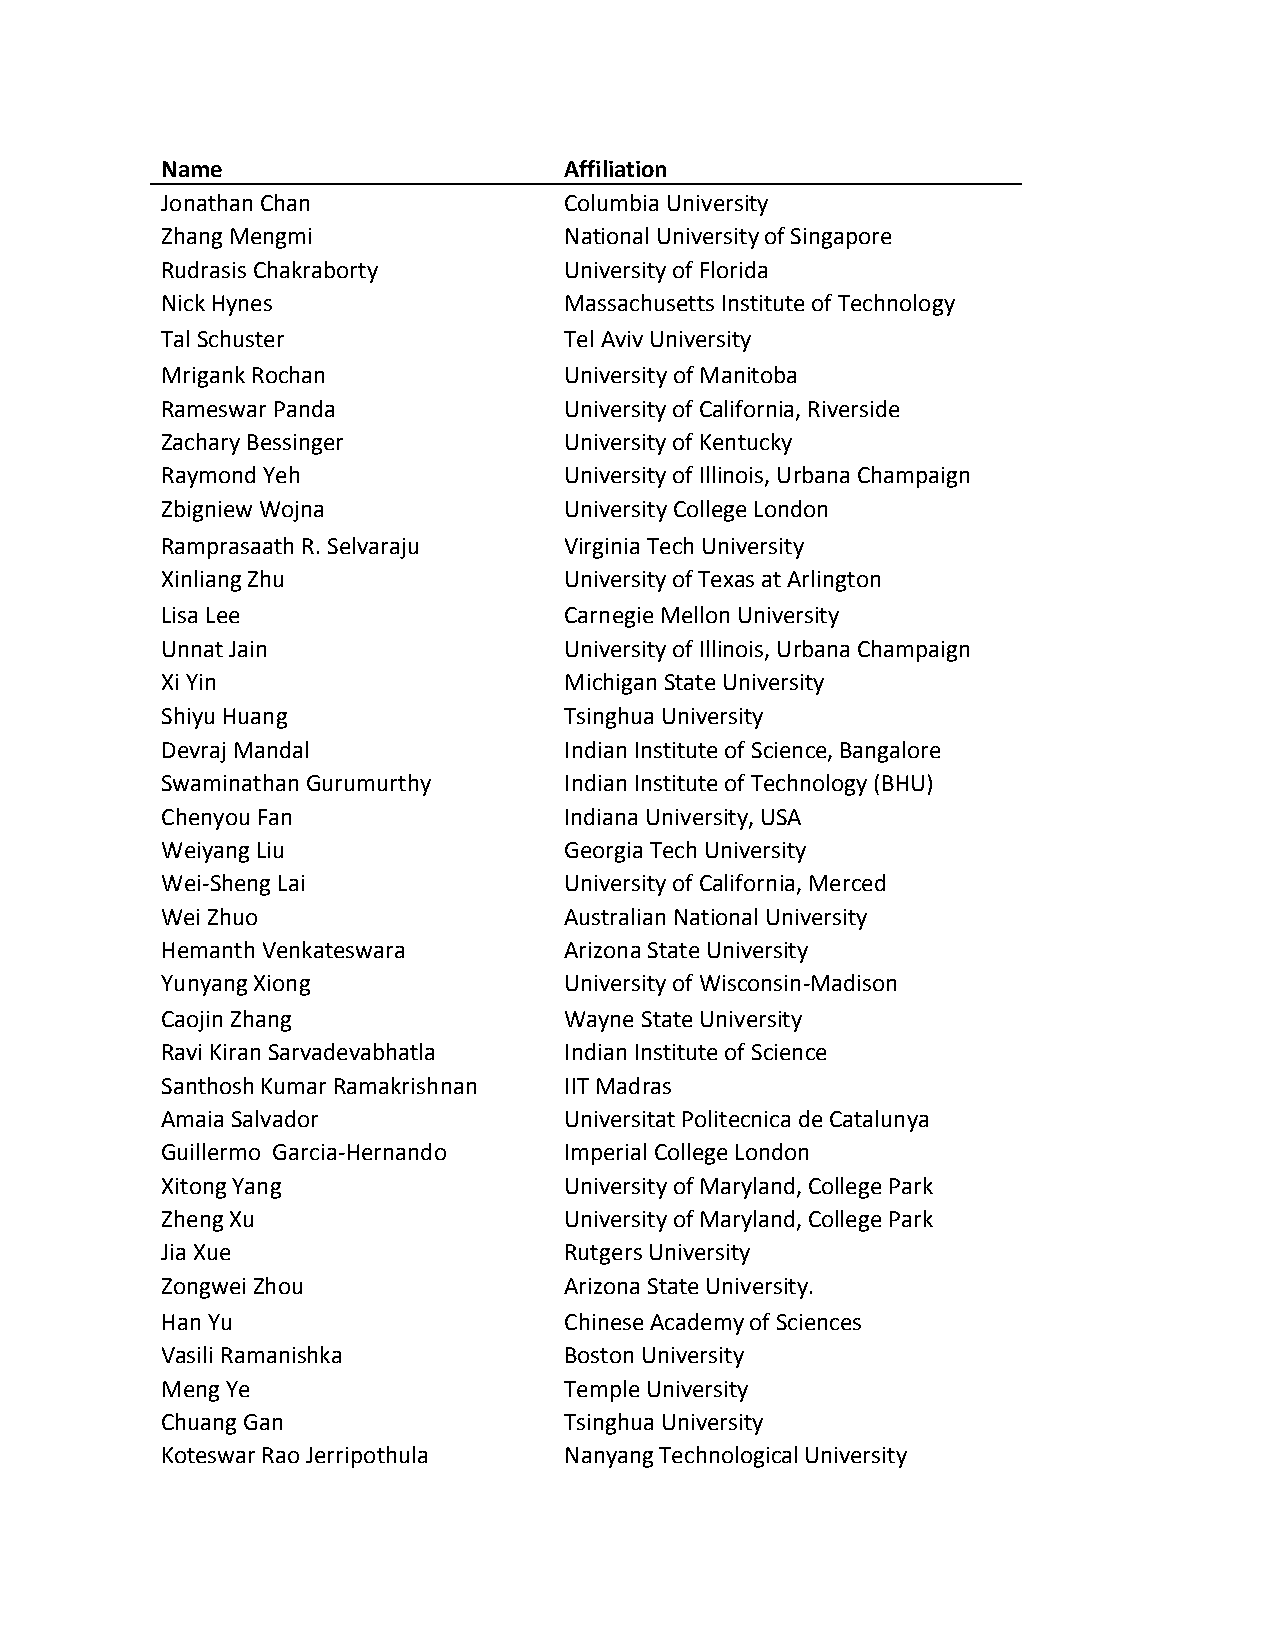
Name                      Affiliation
 Jonathan Chan             Columbia University
 Zhang Mengmi              National University of Singapore
 Rudrasis Chakraborty      University of Florida
 Nick Hynes                Massachusetts Institute of Technology
 Tal Schuster              Tel Aviv University
 Mrigank Rochan            University of Manitoba
 Rameswar Panda            University of California, Riverside
 Zachary Bessinger         University of Kentucky
 Raymond Yeh               University of Illinois, Urbana Champaign
 Zbigniew Wojna            University College London
 Ramprasaath R. Selvaraju  Virginia Tech University
 Xinliang Zhu              University of Texas at Arlington
 Lisa Lee                  Carnegie Mellon University
 Unnat Jain                University of Illinois, Urbana Champaign
 Xi Yin                    Michigan State University
 Shiyu Huang               Tsinghua University
 Devraj Mandal             Indian Institute of Science, Bangalore
 Swaminathan Gurumurthy    Indian Institute of Technology (BHU)
 Chenyou Fan               Indiana University, USA
 Weiyang Liu               Georgia Tech University
 Wei-Sheng Lai             University of California, Merced
 Wei Zhuo                  Australian National University
 Hemanth Venkateswara      Arizona State University
 Yunyang Xiong             University of Wisconsin-Madison
 Caojin Zhang              Wayne State University
 Ravi Kiran Sarvadevabhatla Indian Institute of Science
 Santhosh Kumar Ramakrishnan IIT Madras
 Amaia Salvador            Universitat Politecnica de Catalunya
 Guillermo Garcia-Hernando Imperial College London
 Xitong Yang               University of Maryland, College Park
 Zheng Xu                  University of Maryland, College Park
 Jia Xue                   Rutgers University
 Zongwei Zhou              Arizona State University.
 Han Yu                    Chinese Academy of Sciences
 Vasili Ramanishka         Boston University
 Meng Ye                   Temple University
 Chuang Gan                Tsinghua University
 Koteswar Rao Jerripothula Nanyang Technological University